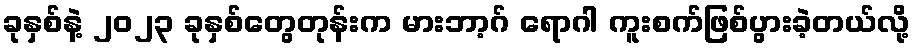
ခုနှစ်နဲ့ ၂၀၂၃ ခုနှစ်တွေတုန်းက မားဘာ့ဂ် ရောဂါ ကူးစက်ဖြစ်ပွားခဲ့တယ်လို့